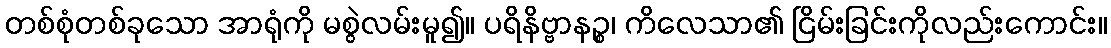
တစ်စုံတစ်ခုသော အာရုံကို မစွဲလမ်းမူ၍။ ပရိနိဗ္ဗာနဉ္စ၊ ကိလေသာ၏ ငြိမ်းခြင်းကိုလည်းကောင်း။